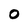
Character: 0